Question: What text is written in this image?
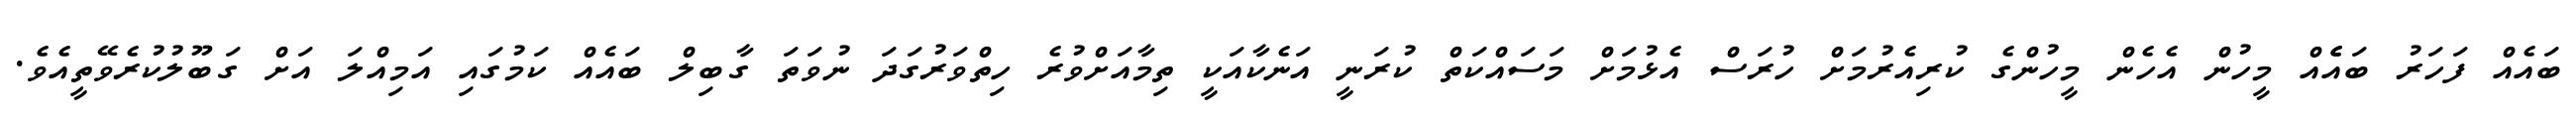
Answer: ބައެއް ފަހަރު ބައެެއް މީހުން އެހެން މީހުންގެ ކުރިއެރުމަށް ހުރަސް އެޅުމަށް މަސައްކަތް ކުރަނީ އަނެކާއަކީ ތިމާއަށްވުރެ ހިތްވަރުގަދަ ނުވަތަ ގާބިލް ބައެއް ކަމުގައި އަމިއްލަ އަށް ގަބޫލުކުރެވޭތީއެވެ.